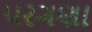
પરગણા